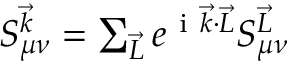
\begin{array} { r } { S _ { \mu \nu } ^ { \vec { k } } = \sum _ { \vec { L } } e ^ { \mathrm { ~ i ~ } \vec { k } \cdot \vec { L } } S _ { \mu \nu } ^ { \vec { L } } } \end{array}